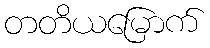
တတိယမြောက်